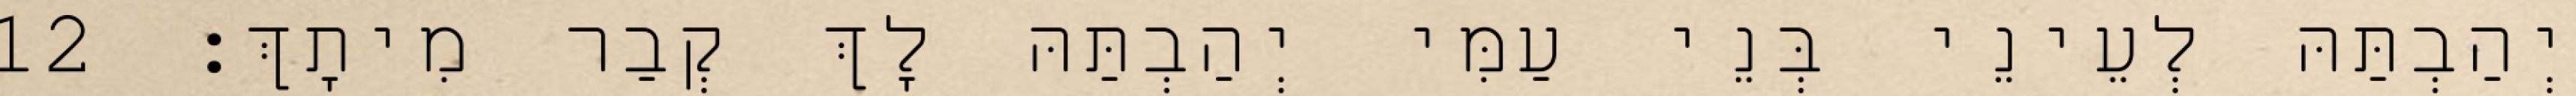
יְהַבְתַּהּ לְעֵינֵי בְּנֵי עַמִּי יְהַבְתַּהּ לָךְ קְבַר מִיתָךְ׃ 12